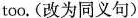
too. (改为同义句)